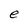
Character: e